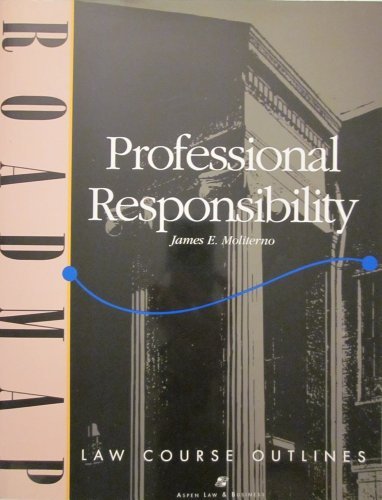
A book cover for Professional Responsibility (Aspen Roadmap Law Course Outlines); James E. Moliterno; Law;